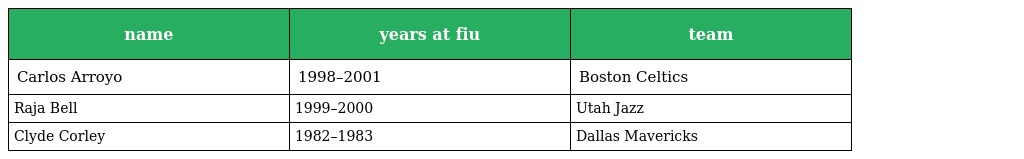
| name | years at fiu | team |
 | --- | --- | --- |
 | Carlos Arroyo | 1998–2001 | Boston Celtics |
 | Raja Bell | 1999–2000 | Utah Jazz |
 | Clyde Corley | 1982–1983 | Dallas Mavericks |